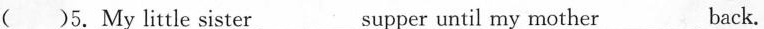
( )5.My little sister___ supper until my mother___ back.